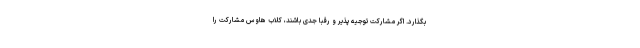
بگذارد. اگر مشارکت توجیه پذیر و رقبا جدی باشند، کلاب هاوس مشارکت را